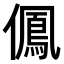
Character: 𠏵